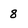
Character: 8